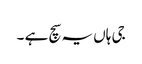
جی ہاں یہ سچ ہے ۔